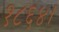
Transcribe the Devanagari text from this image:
१८६४।